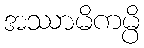
အဿာမိကမ္ပိ